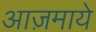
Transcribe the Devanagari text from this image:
आज़माये